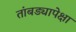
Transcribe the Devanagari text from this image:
तांबड्यापेक्षा